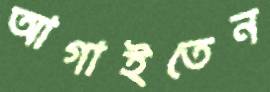
আগাইতেন